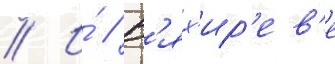
// И́ // В'ях'ир'ев'е